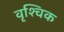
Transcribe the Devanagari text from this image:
वृश्‍चिक